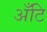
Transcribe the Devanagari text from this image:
अँटि